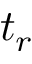
t _ { r }